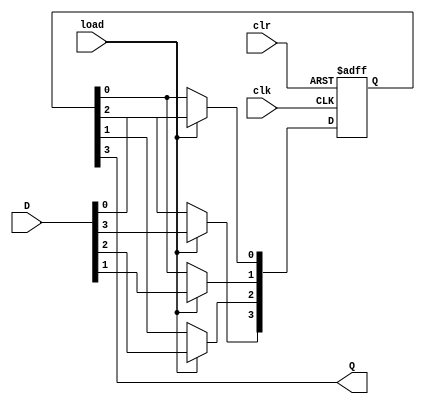
module PISO(D,clk,clr,load,Q);
  input clk,clr,load;
  input [3:0]D;
  output Q;
  reg [3:0] T;
  
  always@(posedge clk or posedge clr)
    begin
      if(clr)
        T<=4'b0000;
      else if (load)
        T<=D;
      else
        begin
          T[1]<=T[0];
          T[2]<=T[1];
          T[3]<=T[2];
        end
    end
  assign Q = T[3];
endmodule